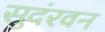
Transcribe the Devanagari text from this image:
सुदंरवन